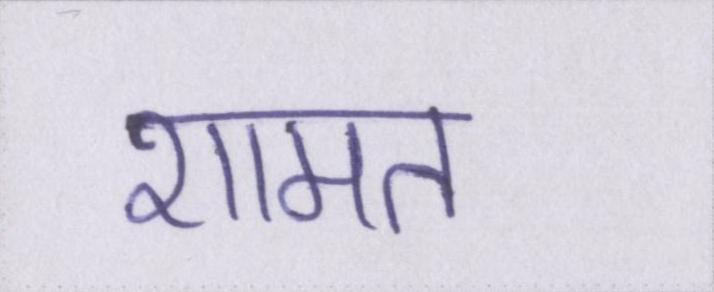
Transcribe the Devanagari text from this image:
शामत